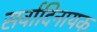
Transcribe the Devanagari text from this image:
सर्वादिनायक